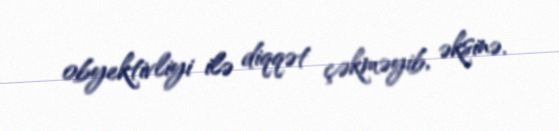
obyektivliyi ilə diqqət çəkməyib, əksinə.